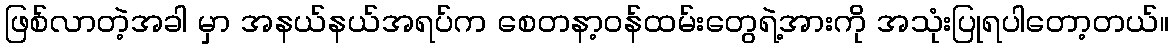
ဖြစ်လာတဲ့အခါ မှာ အနယ်နယ်အရပ်က စေတနာ့ဝန်ထမ်းတွေရဲ့အားကို အသုံးပြုရပါတော့တယ်။